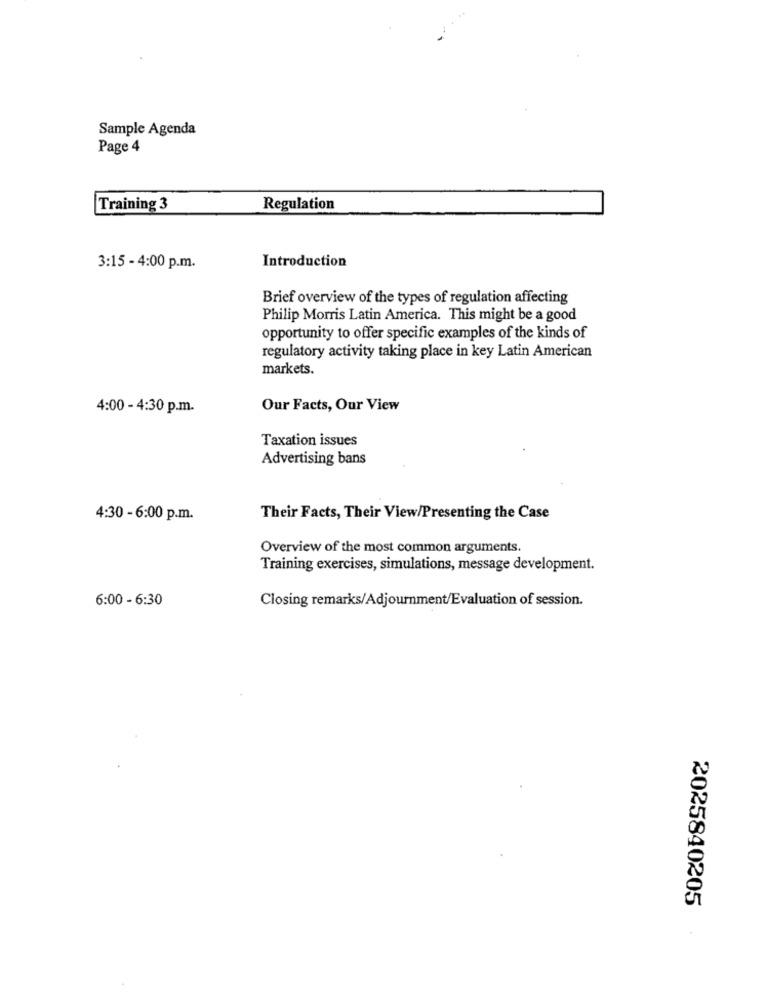
Sample Agenda
Page 4
Training 3
Regulation
Introduction
3:15 - 4:00 p.m.
Brief overview of the types of regulation affecting
Philip Morris Latin America. This might be a good
opportunity to offer specific examples of the kinds of
regulatory activity taking place in key Latin American
markets.
4:00 - 4:30 p.m.
Our Facts, Our View
Taxation issues
Advertising bans
4:30 - 6:00 p.m.
Their Facts, Their View/Presenting the Case
Overview of the most common arguments.
Training exercises, simulations, message development.
6:00 - 6:30
Closing remarks/Adjournment/Evaluation of session.
2025840205